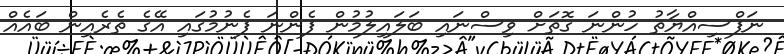
ނަފްސިއްޔާތު ހުންނަ ގޮތަށް ވިސްނައި ބަލައިލުމުން ފެންނަ ފެނުމުގައި އޭގެ ތެރެއިން ބައެއް